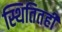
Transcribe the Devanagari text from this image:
स्थितितही